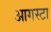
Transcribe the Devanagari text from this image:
आगस्टा